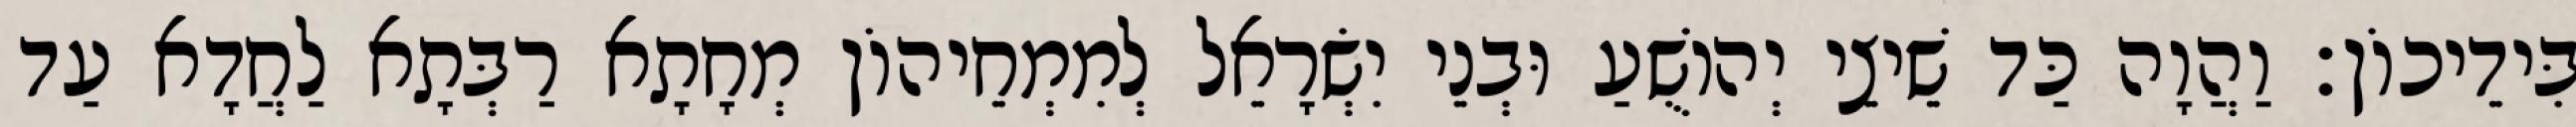
בִּידֵיכוֹן׃ וַהֲוָה כַּד שֵׁיצֵי יְהוֹשֻׁעַ וּבְנֵי יִשְׂרָאֵל לְמִמְחֵיהוֹן מְחָתָא רַבְּתָא לַחֲדָא עַד